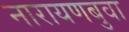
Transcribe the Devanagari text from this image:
नारायणबुवा